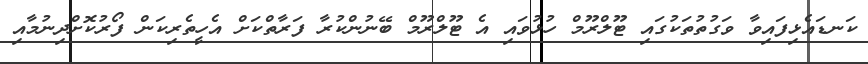
ކަނޑައެޅިފައިވާ ވަގުތުތަކުގައި ޓޫލްރޫމް ހުޅުވައި އެ ޓޫލްރޫމް ބޭނުންކުރާ ފަރާތްކަށް އެހީތެރިކަން ފޯރުކޮށްދިނުމާއި